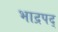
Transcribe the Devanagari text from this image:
भाद्रपद्